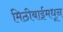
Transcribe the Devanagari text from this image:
मिठीबाईमधून